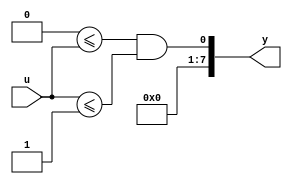
// -------------------------------------------------------------
// 
// 
// Generated by MATLAB 23.2, HDL Coder 23.2, and Simulink 23.2
// 
// -------------------------------------------------------------


// -------------------------------------------------------------
// 
// Module: cfblk11
// Source Path: sampleModel1641_sub/Subsystem/cfblk11
// Hierarchy Level: 1
// Model version: 1.1
// 
// -------------------------------------------------------------

`timescale 1 ns / 1 ns

module cfblk11
          (u,
           y);


  input   [7:0] u;  // uint8
  output  [7:0] y;  // uint8


  wire [7:0] Lower_Limit_out1;  // uint8
  wire Lower_Test_relop1;
  wire [7:0] Upper_Limit_out1;  // uint8
  wire Upper_Test_relop1;
  wire AND_bool;
  wire [7:0] AND_out1;  // uint8


  assign Lower_Limit_out1 = 8'b00000000;



  assign Lower_Test_relop1 = Lower_Limit_out1 <= u;



  assign Upper_Limit_out1 = 8'b00000001;



  assign Upper_Test_relop1 = u <= Upper_Limit_out1;



  assign AND_bool = Lower_Test_relop1 & Upper_Test_relop1;



  assign AND_out1 = {7'b0, AND_bool};



  assign y = AND_out1;

endmodule  // cfblk11